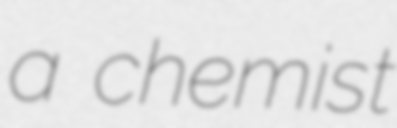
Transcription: a chemist